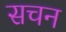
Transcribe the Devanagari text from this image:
सचन